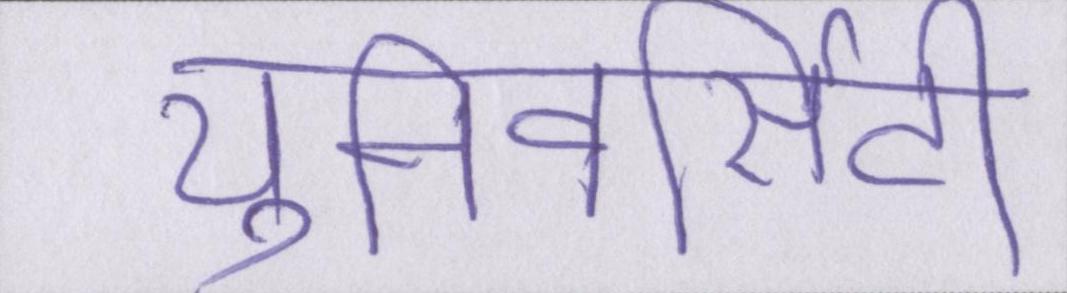
युनिवर्सिटी